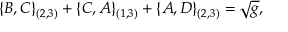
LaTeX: \{ B , C \} _ { ( 2 , 3 ) } + \{ C , A \} _ { ( 1 , 3 ) } + \{ A , D \} _ { ( 2 , 3 ) } = \sqrt { g } ,